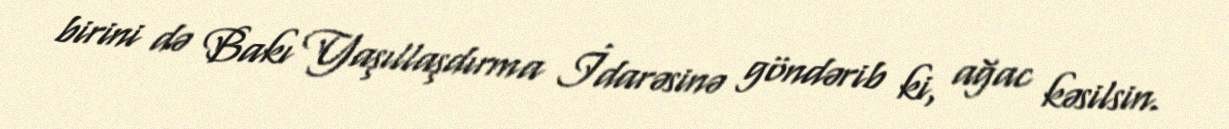
birini də Bakı Yaşıllaşdırma İdarəsinə göndərib ki, ağac kəsilsin.